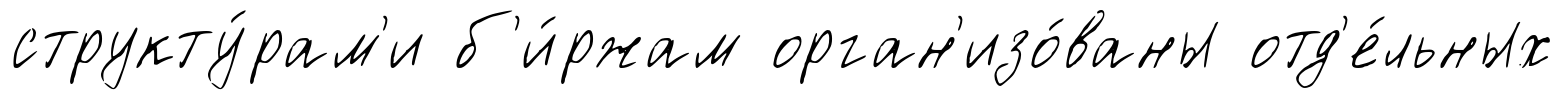
структу́рам'и б'и́ржам орган'изо́ваны отд'е́льных